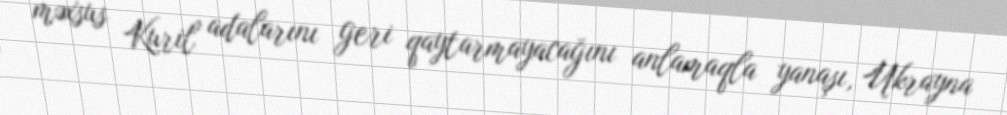
məxsus Kuril adalarını geri qaytarmayacağını anlamaqla yanaşı, Ukrayna